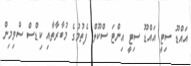
އައްޑޫ ސިޓީ އައްޑޫ ސިޓީ އިންޓަ ސްކޫލް ފެތުމުގެ މުބާރާތާއި ކިޑްސް ސްވިމިން